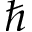
\hbar